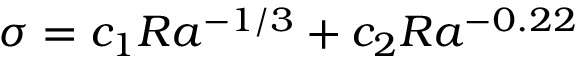
\sigma = c _ { 1 } R a ^ { - 1 / 3 } + c _ { 2 } R a ^ { - 0 . 2 2 }